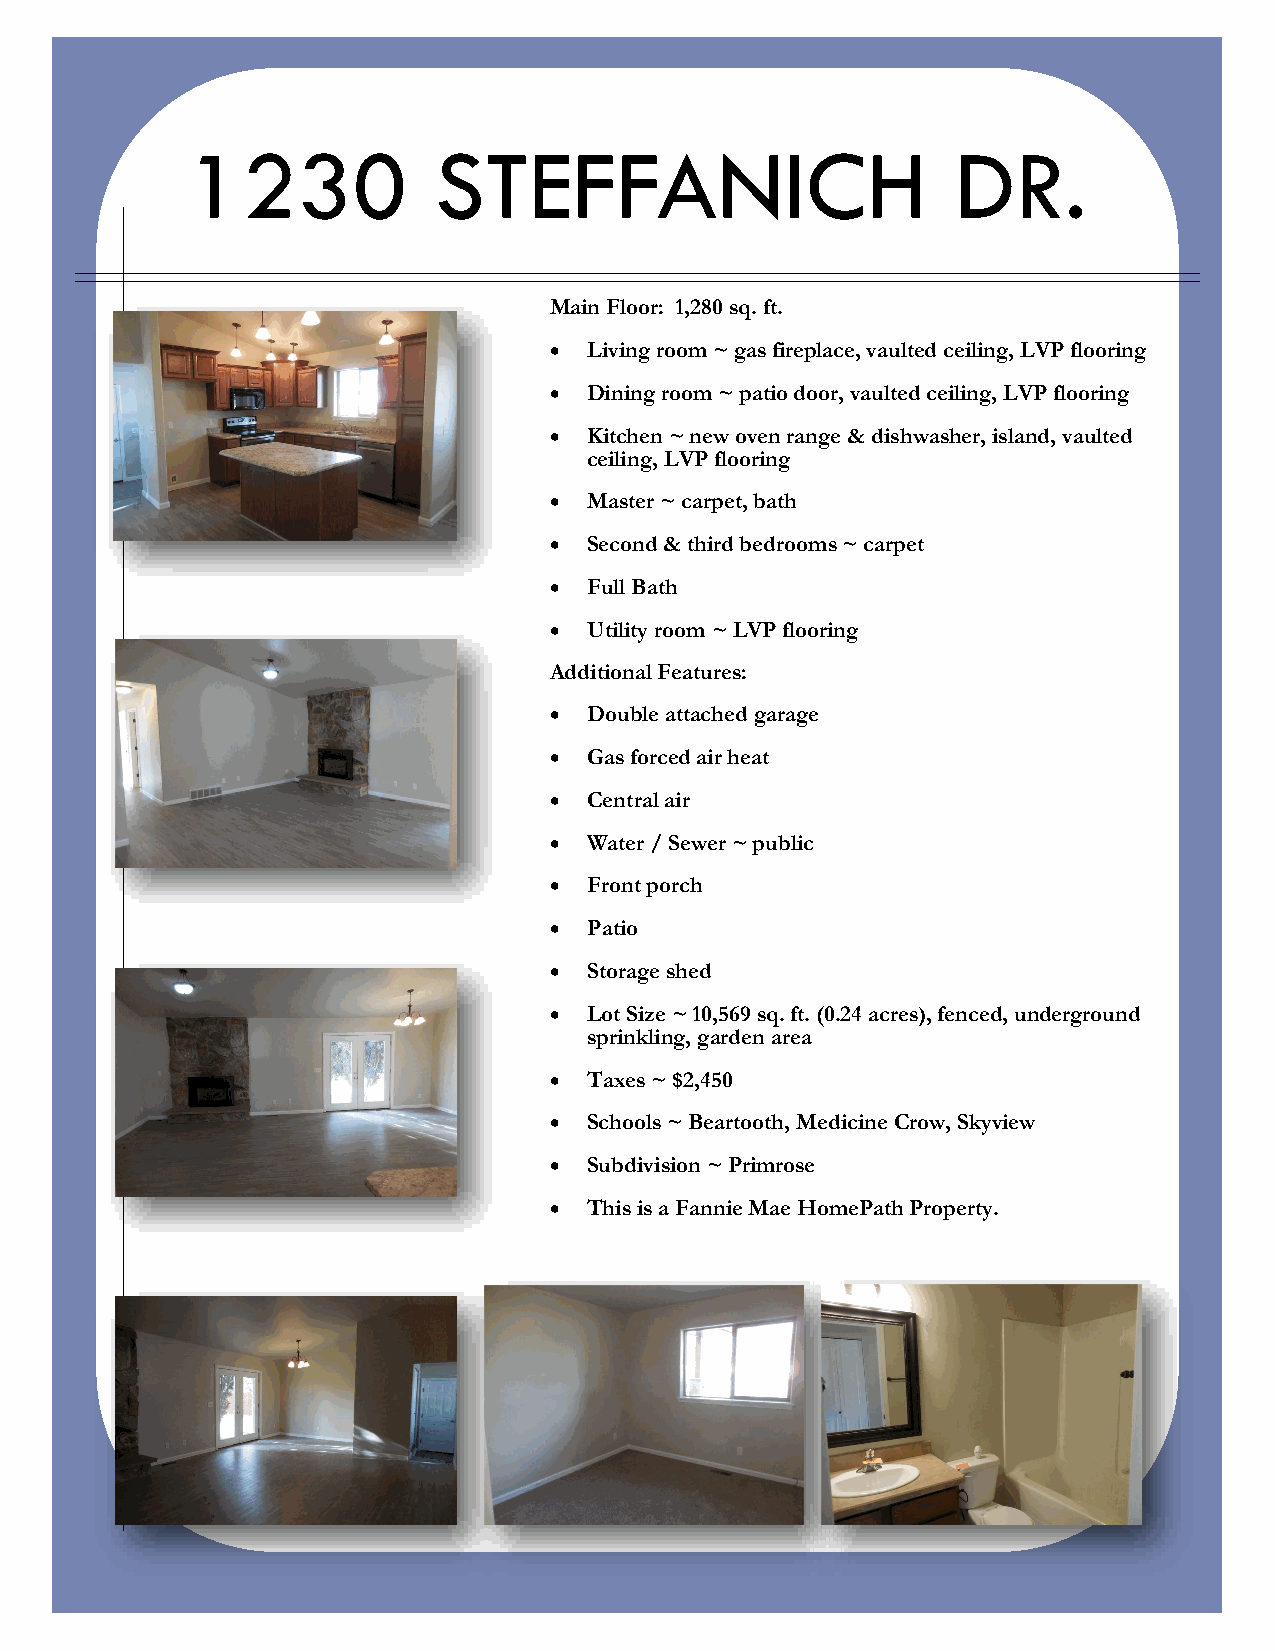
1230             STEFFANICH                        DR.
 Main Floor: 1,280 sq. ft.
 •  Living room ~ gas fireplace, vaulted ceiling, LVP flooring
 •  Dining room ~ patio door, vaulted ceiling, LVP flooring
 •  Kitchen ~ new oven range & dishwasher, island, vaulted
 ceiling, LVP flooring
 •  Master ~ carpet, bath
 •  Second & third bedrooms ~ carpet
 •  Full Bath
 •  Utility room ~ LVP flooring
 Additional Features:
 •  Double attached garage
 •  Gas forced air heat
 •  Central air
 •  Water / Sewer ~ public
 •  Front porch
 •  Patio
 •  Storage shed
 •  Lot Size ~ 10,569 sq. ft. (0.24 acres), fenced, underground
 sprinkling, garden area
 •  Taxes ~ $2,450
 •  Schools ~ Beartooth, Medicine Crow, Skyview
 •  Subdivision ~ Primrose
 •  This is a Fannie Mae HomePath Property.